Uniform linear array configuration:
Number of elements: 24
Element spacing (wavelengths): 0.25
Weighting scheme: binomial
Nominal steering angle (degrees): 0
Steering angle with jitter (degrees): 1.3
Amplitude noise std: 0.05
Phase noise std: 0.05

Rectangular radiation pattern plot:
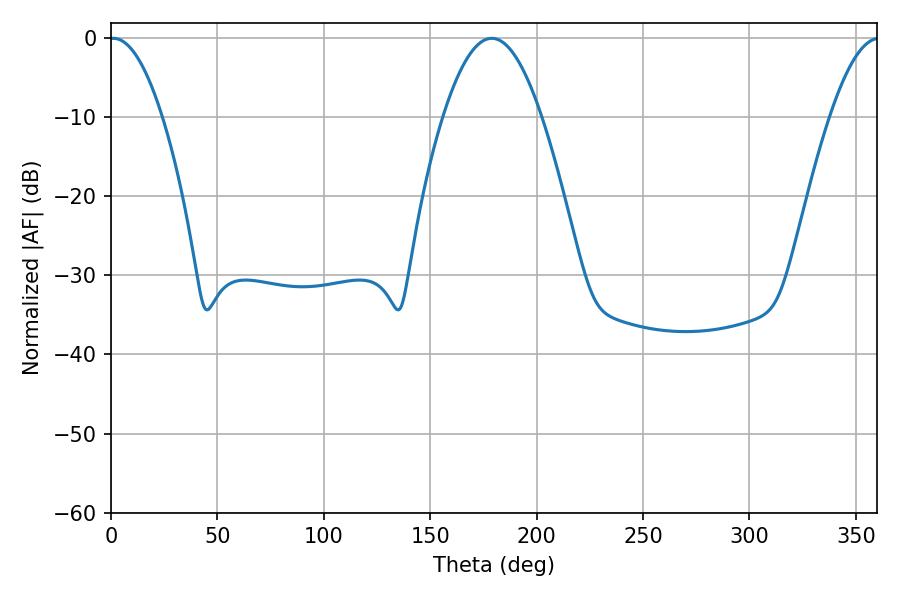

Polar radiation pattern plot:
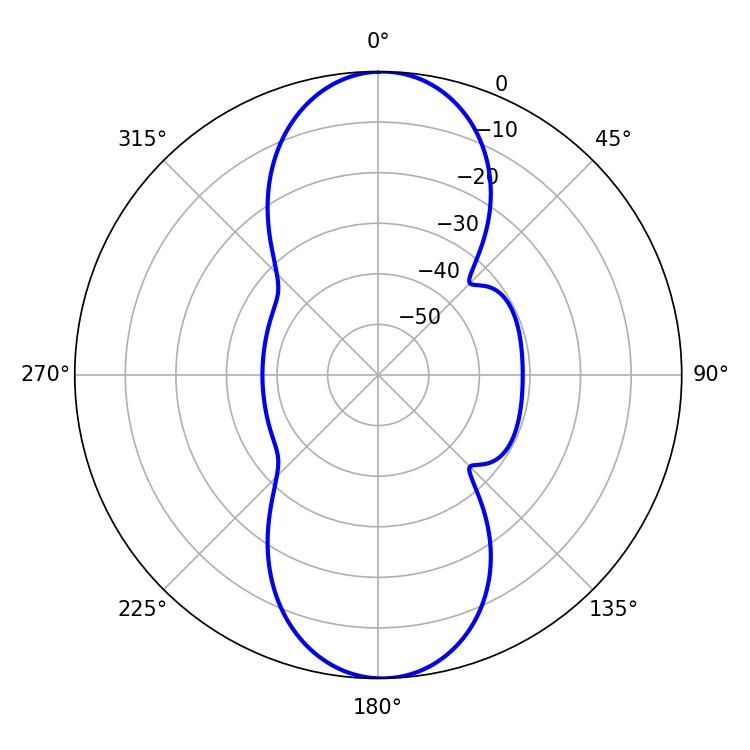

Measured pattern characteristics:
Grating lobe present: FALSE
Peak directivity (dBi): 21.136
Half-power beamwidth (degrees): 13.68
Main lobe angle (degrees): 1.08